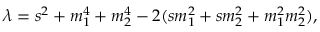
\lambda = s ^ { 2 } + m _ { 1 } ^ { 4 } + m _ { 2 } ^ { 4 } - 2 ( s m _ { 1 } ^ { 2 } + s m _ { 2 } ^ { 2 } + m _ { 1 } ^ { 2 } m _ { 2 } ^ { 2 } ) ,